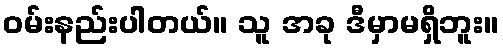
ဝမ်းနည်းပါတယ်။ သူ အခု ဒီမှာမရှိဘူး။